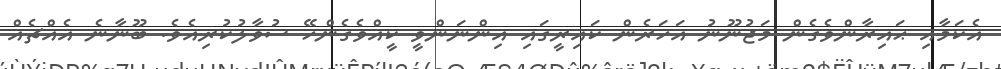
އެކަމާއި ޙައިރާންވެގެން މަޖުނޫނު އަހަރެން ކައިރީގައި އިންނަންވީ ކީއްވެގެންހޭ ސުވާލުކުރިއެވެ. ބޫނާނެ އެއްޗެއް